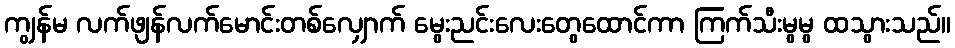
ကျွန်မ လက်ဖျန်လက်မောင်းတစ်လျှောက် မွေးညင်းလေးတွေထောင်ကာ ကြက်သီးမွမွ ထသွားသည်။